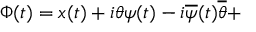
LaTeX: \Phi ( t ) = x ( t ) + i \theta \psi ( t ) - i \overline { { { \psi } } } ( t ) \overline { { { \theta } } } +